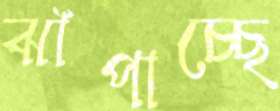
ঝাঁপাচ্ছে